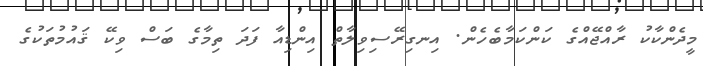
މީދެންކާކު ރާއްޖޭއްގެ ކަންކަމާބެހެން. އިނގިރޭސިވިލާތް އިންޑިއާ ފަދަ ތިމާގެ ބަސް ވިކޭ ޤައުމުތަކުގެ